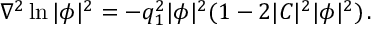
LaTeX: \nabla ^ { 2 } \ln | \phi | ^ { 2 } = - q _ { 1 } ^ { 2 } | \phi | ^ { 2 } ( 1 - 2 | C | ^ { 2 } | \phi | ^ { 2 } ) \, .